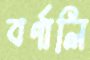
বর্ণালি